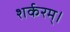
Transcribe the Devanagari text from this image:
शर्करम्।